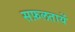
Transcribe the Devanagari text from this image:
सफ़लतायें